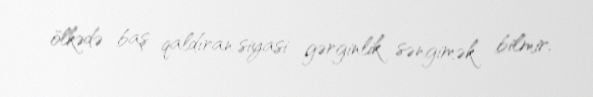
ölkədə baş qaldıran siyasi gərginlik səngimək bilmir.